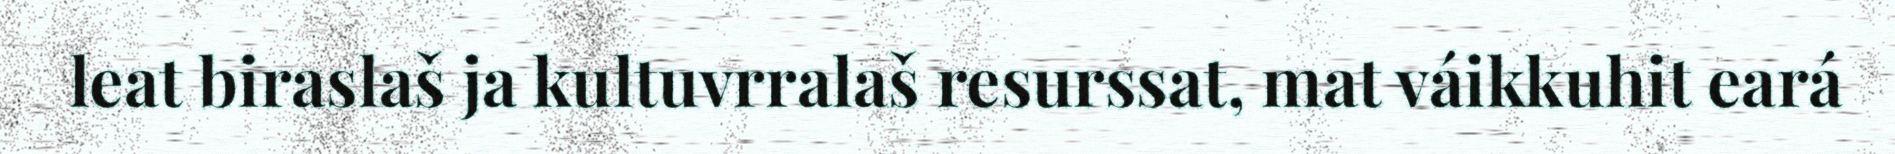
leat biraslaš ja kultuvrralaš resurssat, mat váikkuhit eará